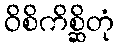
ဝိစိကိစ္ဆိတုံ